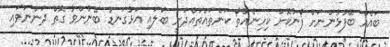
ބައެއް ބޭފުޅުންނަށް ފޯނުކޮށް ކިހިނެއްތޯ ކަންތައްތައްދަނީ ބަލައި އަޅުގަނޑު ބޭނުންވާ ގޮތް ދަންނަވައި